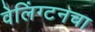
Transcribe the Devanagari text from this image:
वेलिंग्टनचा